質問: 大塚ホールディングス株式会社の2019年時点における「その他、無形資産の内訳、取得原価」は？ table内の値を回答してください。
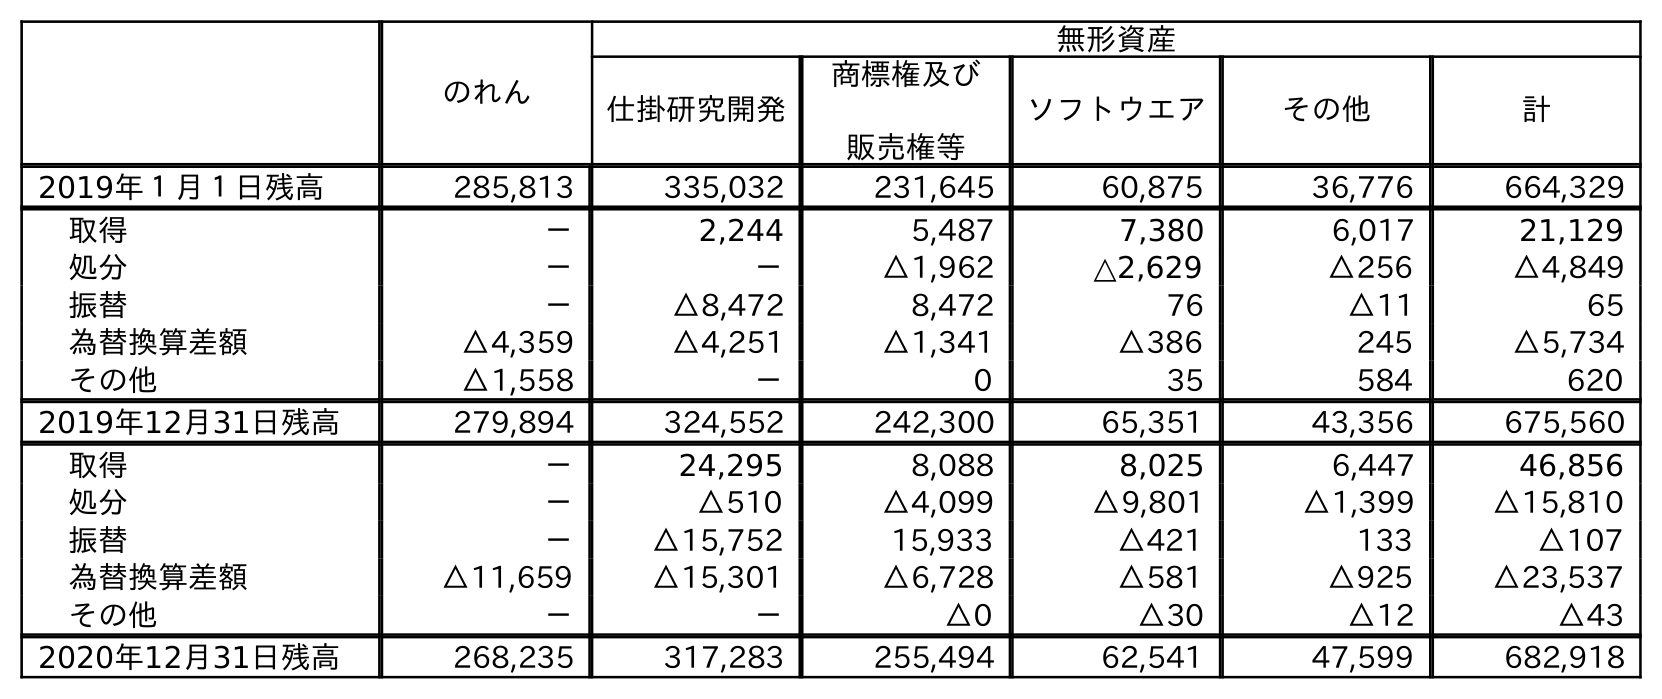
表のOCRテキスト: のれん 無形資産 仕掛研究開発 商標権及び 販売権等 ソフトウエア その他 計 2019年１月１日残高 285,813 335,032 231,645 60,875 36,776 664,329 取得 － 2,244 5,487 7,380 6,017 21,129 処分 － － △1,962 △2,629 △256 △4,849 振替 － △8,472 8,472 76 △11 65 為替換算差額 △4,359 △4,251 △1,341 △386 245 △5,734 その他 △1,558 － 0 35 584 620 2019年12月31日残高 279,894 324,552 242,300 65,351 43,356 675,560 取得 － 24,295 8,088 8,025 6,447 46,856 処分 － △510 △4,099 △9,801 △1,399 △15,810 振替 － △15,752 15,933 △421 133 △107 為替換算差額 △11,659 △15,301 △6,728 △581 △925 △23,537 その他 － － △0 △30 △12 △43 2020年12月31日残高 268,235 317,283 255,494 62,541 47,599 682,918
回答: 43,356